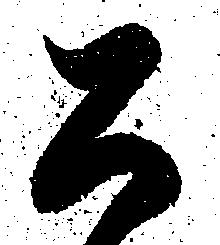
公